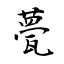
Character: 甍